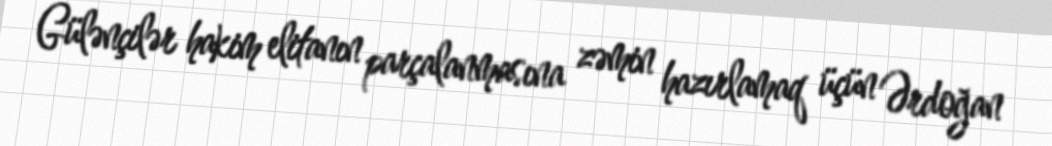
Gülənçilər hakim elitanın parçalanmasına zəmin hazırlamaq üçün Ərdoğan